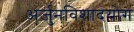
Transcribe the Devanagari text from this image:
अर्जुनविशादयोग